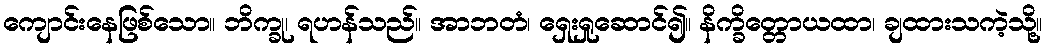
ကျောင်းနေဖြစ်သော။ ဘိက္ခု၊ ရဟန်သည်။ အာဘတံ၊ ရှေးရှုဆောင်၍။ နိက္ခိတ္တောယထာ၊ ချထားသကဲ့သို့။